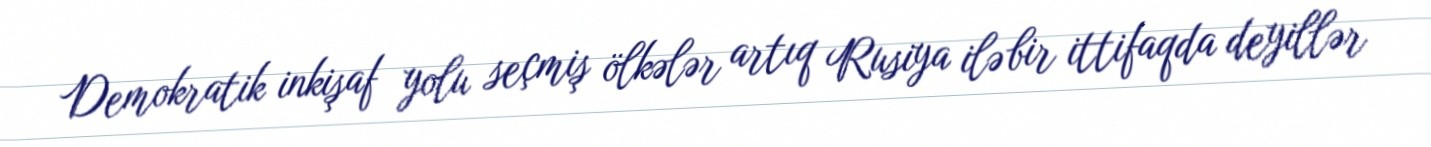
Demokratik inkişaf yolu seçmiş ölkələr artıq Rusiya ilə bir ittifaqda deyillər